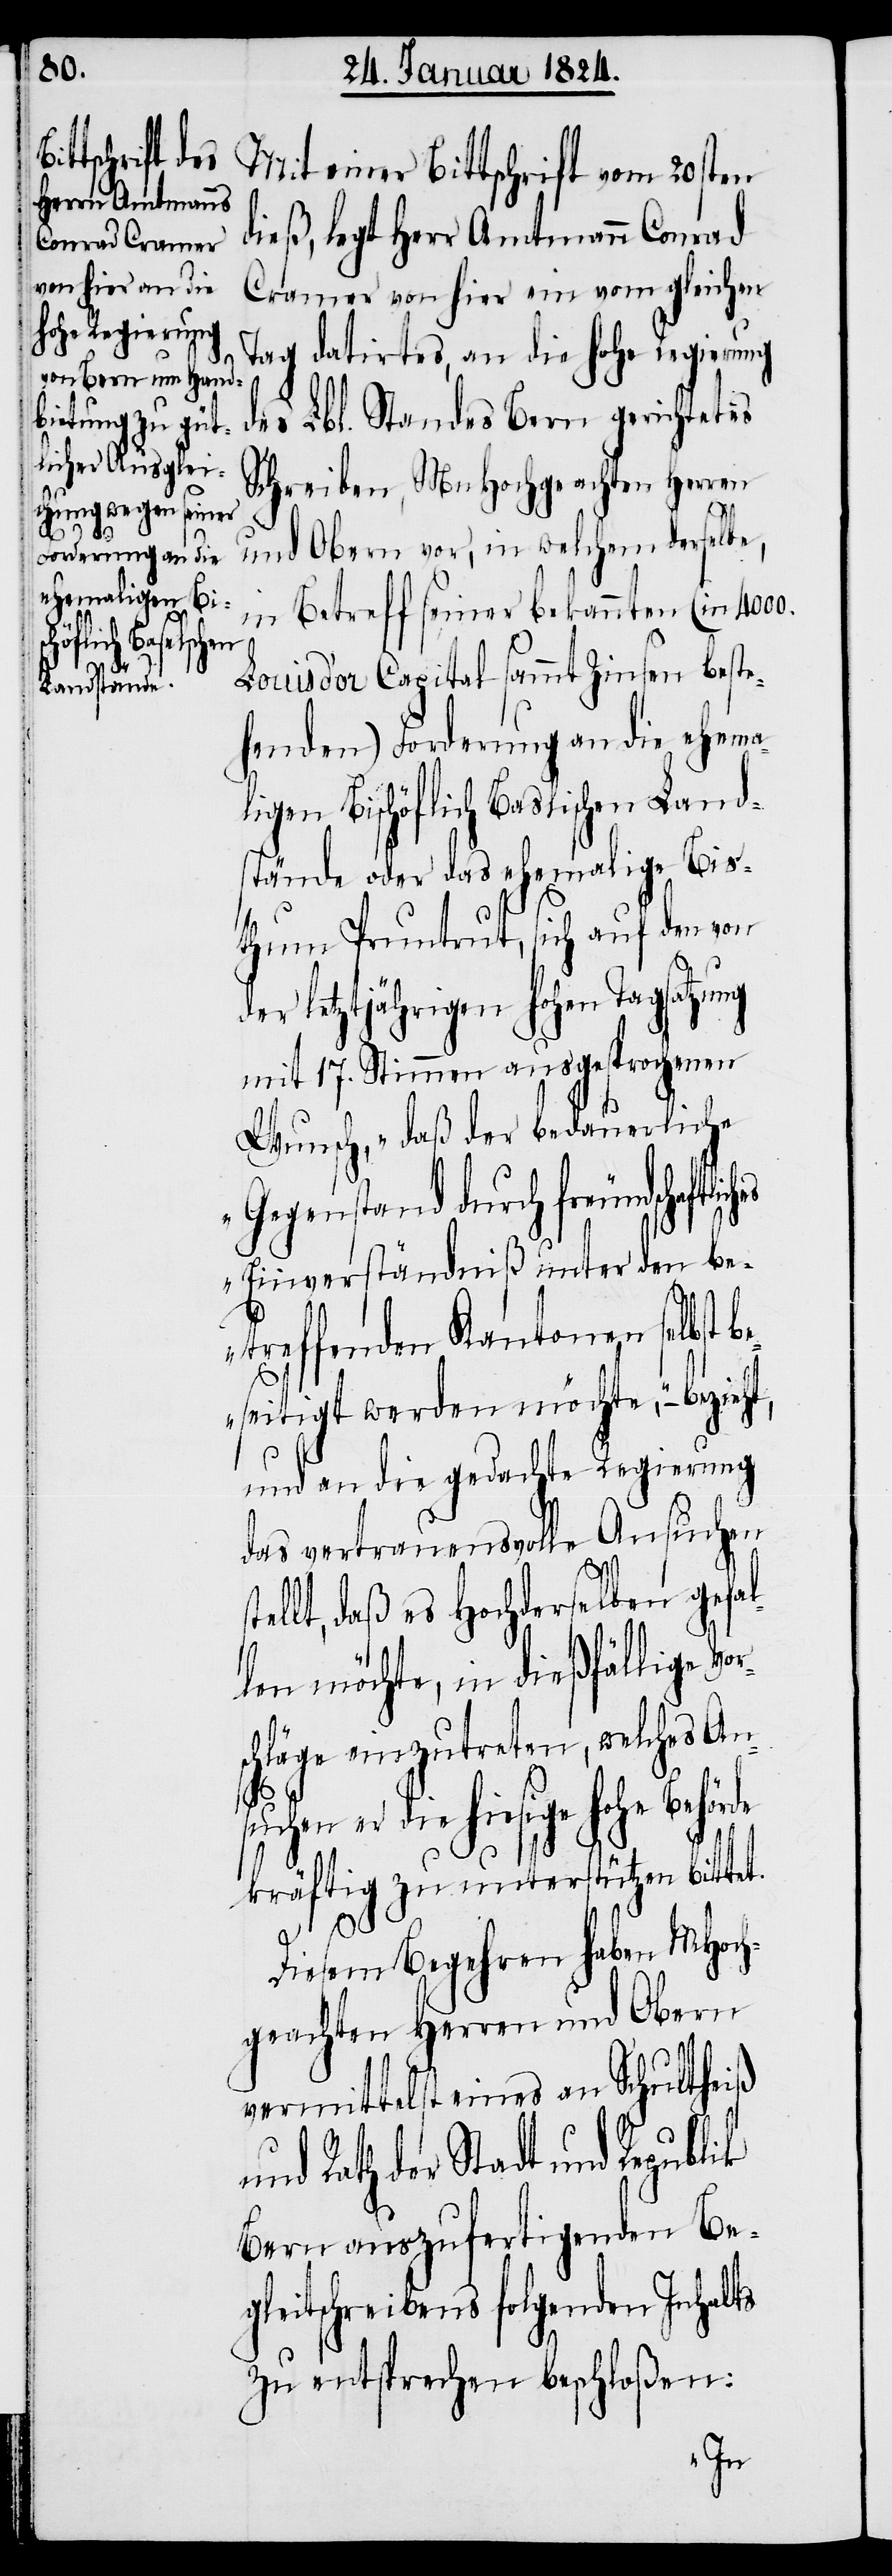
dieß, legt Herr Amtmann Conrad
Cramer von hier ein vom gleichen
Tag datirtes, an die hohe Regierung
des Lbl. Standes Bern gerichtetes
Schreiben, Mn Hochgeachten Herren
und Obern vor, in welchem derselbe,
rs¬
in Betreff seiner bekannten (in 4000.
liches
Louis d’or Capital sammt Zinsen beste¬
henden) Forderung an die ehemal¬
igen Bischöflich Baslischen Land¬
stände oder das ehemalige Bis¬
thum Pruntrut, sich auf den von
der letztjährigen hohen Tagsatzung
mit 17. Stimmen ausgesprochenen
Wunsch, „das der bedauerliche
Gegenstand durch freundschaft¬
Einverständniß unter den be¬
treffenden Kantonen selbst
eseitigt werden möchte“,
und an die gedachte Regierung
das vertrauensvolle Ansuchen
llt, daß es Hochderselben gefal¬
len möchte, in dießfällige Vo¬
welches Ans¬
chläge einzutreten,
hohe Behörde
kräftig zu unterstützen bittet.
ste¬
Diesem Begehren haben MHoch¬
geachten Herren und Obern
vermittelst eines an Schultheiß
Rath der Stadt und Republik
Bern auszufertigenden Be¬
gleitschreibens folgenden Inhalts
zu entsprechen beschloßen: